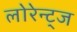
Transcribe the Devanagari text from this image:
लोरेन्ट्ज